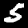
Digit: 5